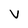
Character: V